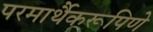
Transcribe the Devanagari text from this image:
परमार्थैकरूपिणे